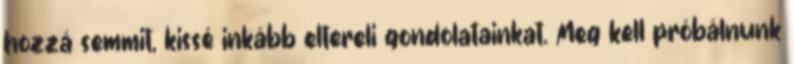
hozzá semmit, kissé inkább eltereli gondolatainkat. Meg kell próbálnunk